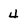
Character: 4